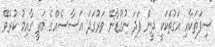
ސިފަތަކާއި އަގުތަކަކީ ދީން ފަދަ ނުގުޑާނޭ ވަރުގަދަ އަސާސެއްގެ މަތީ ގާއިމު ކުރެވޭ